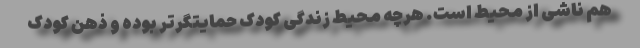
هم ناشی از محیط است. هرچه محیط زندگی کودک حمایتگرتر بوده و ذهن کودک